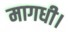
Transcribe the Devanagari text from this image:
मागधी।